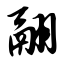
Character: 翮